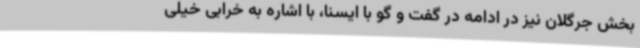
بخش جرگلان نیز در ادامه در گفت و گو با ایسنا، با اشاره به خرابی خیلی